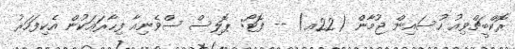
ރޮކްބީޗްވިއު ހުސައިން ޖުމާން (22އ) -- ފޮޓޯ: ޕޮލިސް ސްވެނިއާ ފިހާރައަކުން އެކިފަހަރު